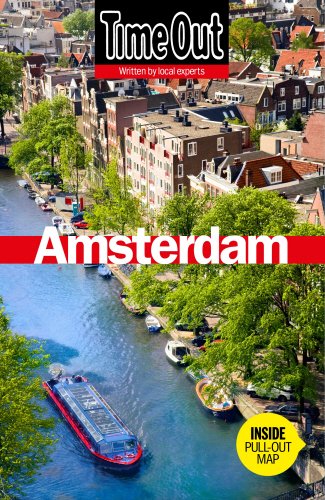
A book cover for Time Out Amsterdam (Time Out Guides); Travel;